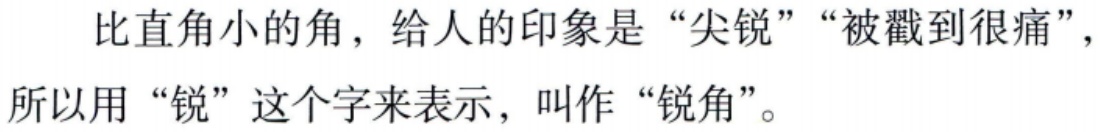
比直角小的角，给人的印象是“尖锐”“被戳到很痛”，所以用“锐”这个字来表示，叫作“锐角”。